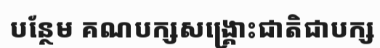
បន្ថែម គណបក្សសង្គ្រោះជាតិជាបក្ស